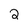
Character: 2